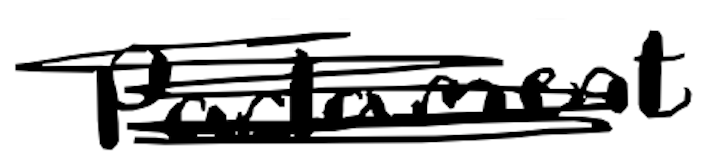
Text: Parliament
Cross-out: mix
Writing tool: digital_black